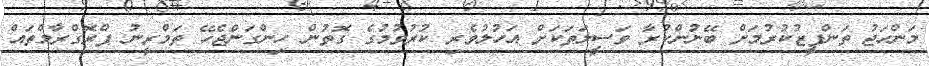
މަންހަޖު ތަންފީޒުކުރުމަށް ބޭނުންކުރާ ވަސީލަތަކަށް އަހުލުވެރި ކުރުވުމުގެ ގޮތުން ހިންގަންޖެހޭ ތަމްރީނު ޕްރޮގްރާމްތައް